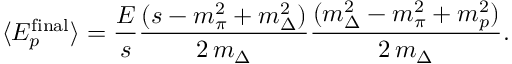
\langle E _ { p } ^ { \mathrm { f i n a l } } \rangle = \frac { E } { s } \frac { ( s - m _ { \pi } ^ { 2 } + m _ { \Delta } ^ { 2 } ) } { 2 \, m _ { \Delta } } \frac { ( m _ { \Delta } ^ { 2 } - m _ { \pi } ^ { 2 } + m _ { p } ^ { 2 } ) } { 2 \, m _ { \Delta } } .